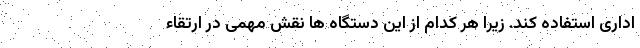
اداری استفاده كند. زیرا هر کدام از این دستگاه ها نقش مهمی در ارتقاء